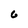
Character: 6